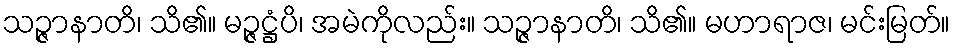
သဉ္ဇာနာတိ၊ သိ၏။ မဉ္ဇဋ္ဌံပိ၊ အမဲကိုလည်း။ သဉ္ဇာနာတိ၊ သိ၏။ မဟာရာဇ၊ မင်းမြတ်။